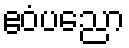
ဧဝံပညော